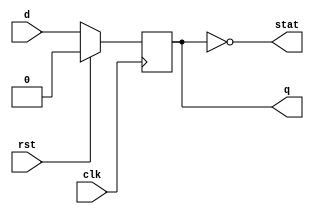
module  sub2 (
  input  clk, rst,
  input  d,
  output stat,
  output reg q
);

assign  stat = ~q;

always @(posedge clk)
if (rst)
    q<=0;
else
    q<=d;
  
endmodule

module  sub1 (
  input  d,
  output q
);

wire clk, rst, stat;

sub2 sub2(.d(d), .q(q), .stat(stat), .clk(clk), .rst(rst) );
  
endmodule

module  top (
  input  clk, rst,
  input  d,
  output q, stat
);

sub1 sub1(.d(d), .q(q));

assign  sub1.clk = clk;
assign  sub1.rst = rst;
assign  stat = sub1.stat;
  
endmodule